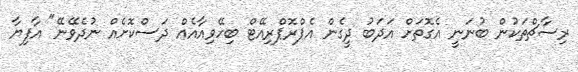
ރިސާޗްތަކުން ބުނަނީ އެގޮތަށް އަދަބު ދީގެން އެޕްރޮޕްރިއޭޓް ބިހޭވިއާއެއް ދަސްކޮށެއް ނުދެވޭނޭ" އާފިޔާ